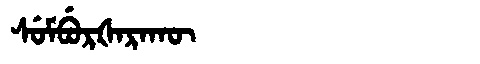
Manchu: ᠰᡠᠮᠪᡠᡵᡧᠠᡵᠠᡴᡡ
Romanization: SUMBURŠARAKŪ